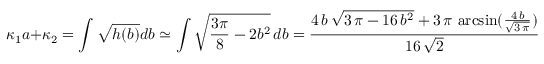
\kappa _ { 1 } a + \kappa _ { 2 } = \int \sqrt { h ( b ) } d b \simeq \int \sqrt { \frac { 3 \pi } { 8 } - 2 b ^ { 2 } } \, d b = { \frac { 4 \, b \, { \sqrt { 3 \, \pi - 1 6 \, { b ^ { 2 } } } } + 3 \, \pi \, \arcsin ( { \frac { 4 \, b } { { \sqrt { 3 \, \pi } } } } ) } { 1 6 \, { \sqrt { 2 } } } } \quad .